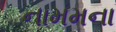
નામમના